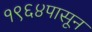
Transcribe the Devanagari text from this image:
१९६४पासून